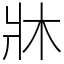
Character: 牀